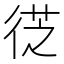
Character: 徔